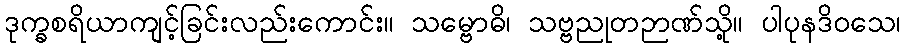
ဒုက္ခစရိယာကျင့်ခြင်းလည်းကောင်း။ သမ္ဗောဓိ၊ သဗ္ဗညုတဉာဏ်သို့။ ပါပုနဒိဝသေ၊